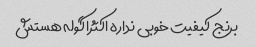
برنج کیفیت خوبی نداره اکثرا گوله هستش